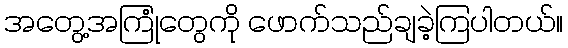
အတွေ့အကြုံတွေကို ဖောက်သည်ချခဲ့ကြပါတယ်။